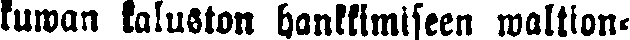
tuwan kaluston hankkimiseen waltion.